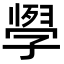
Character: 𭓗